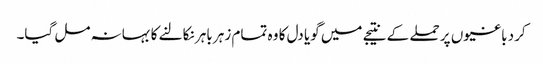
کرد باغیوں پر حملے کے نتیجے میں گویا دل کا وہ تمام زہر باہر نکالنے کا بہانہ مل گیا۔